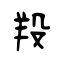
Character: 羖